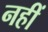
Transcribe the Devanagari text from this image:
नहीं